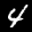
Label: 4